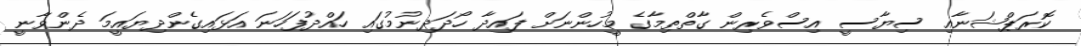
ކޮރަޕްޝަނާއި ސިޔާސީ އިސްވެރިން ގާތްތިމާގެ މީހުންނަށް ފައިދާ ހޯދަދިނުމުގައި ހައްދުފަހަނަ އަޅައިގެންދިޔައީމަ ދެންވާނީ